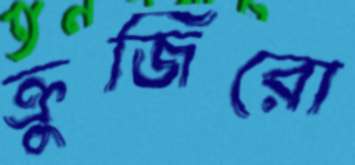
ক্রুজিরো